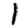
Digit: 1